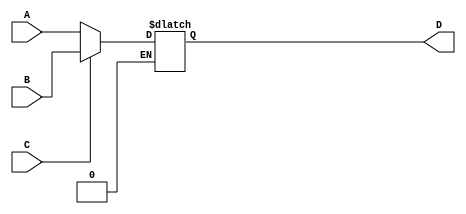
module my_2mux #(parameter W=4) (A,B,C,D);
	
	input [W-1:0] A,B;
	input C;
	output reg [W-1:0] D;
// output A if select is 0, else B if select is 1
	always@* 
	begin
		if ( C == 0 )
			D = A;
		else if ( C == 1 )
			D = B;

	end
	
endmodule